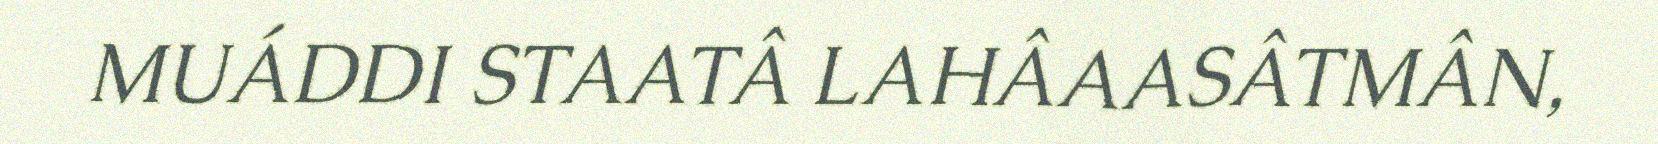
MUÁDDI STAATÂ LAHÂAASÂTMÂN,